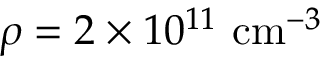
{ \rho = 2 \times 1 0 ^ { 1 1 } ~ \mathrm { c m } ^ { - 3 } }